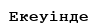
Екеуінде